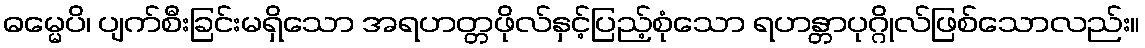
ဓမ္မေပိ၊ ပျက်စီးခြင်းမရှိသော အရဟတ္တဖိုလ်နှင့်ပြည့်စုံသော ရဟန္တာပုဂ္ဂိုလ်ဖြစ်သောလည်း။